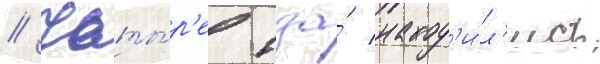
// Четы́р'е тза́ наход'и́л'ись